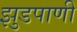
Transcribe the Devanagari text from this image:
झुडपाणी